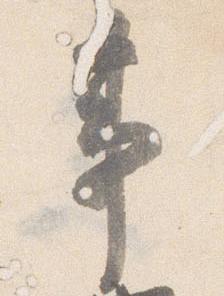
事